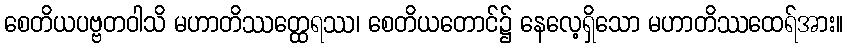
စေတိယပဗ္ဗတဝါသိ မဟာတိဿတ္ထေရဿ၊ စေတိယတောင်၌ နေလေ့ရှိသော မဟာတိဿထေရ်အား။